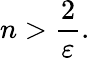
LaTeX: n>{\frac{2}{\varepsilon}}.